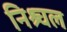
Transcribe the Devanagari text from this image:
निश्र्चल